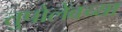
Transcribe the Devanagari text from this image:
तुपोलेवच्या